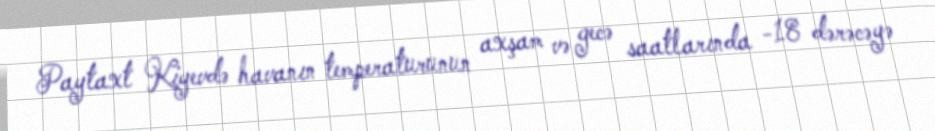
Paytaxt Kiyevdə havanın temperaturunun axşam və gecə saatlarında -18 dərəcəyə